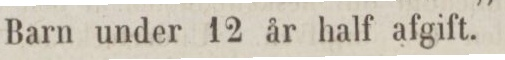
Barn under 12 år half afgift.